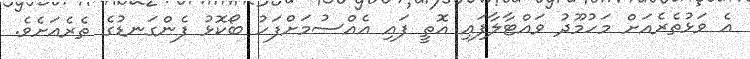
އެ ވަޅުތެރެއަށް މަހުމޫދު ވައްޓާލާފައި އޮތީ ފައި އެއްސުމަށްފަހު ބޯކޮޅު ފެންގަނޑުގެ ތެރެއަށެވެ.